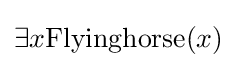
\exists x{\text{Flyinghorse}}(x)